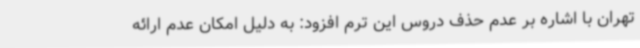
تهران با اشاره بر عدم حذف دروس این ترم افزود: به دلیل امکان عدم ارائه